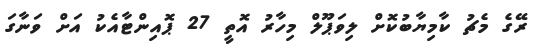
ރޭގެ މެޗު ކާމިޔާބުކޮށް ލިވަޕޫލް މިހާރު އޮތީ 27 ޕޮއިންޓާއެކު އަށް ވަނާގަ